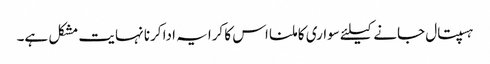
ہسپتال جانے کیلئے سواری کا ملنا اس کا کرایہ ادا کرنا نہایت مشکل ہے۔